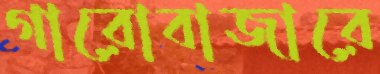
গারোবাজারে